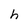
Character: h